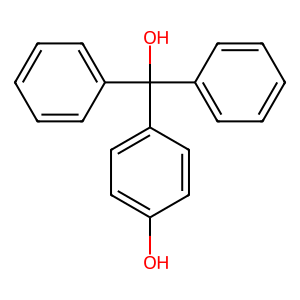
SMILES: Oc1ccc(C(O)(c2ccccc2)c2ccccc2)cc1
Inhibits HIV replication: No